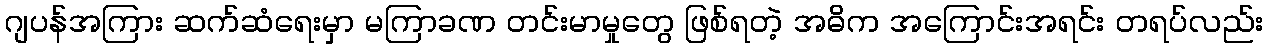
ဂျပန်အကြား ဆက်ဆံရေးမှာ မကြာခဏ တင်းမာမှုတွေ ဖြစ်ရတဲ့ အဓိက အကြောင်းအရင်း တရပ်လည်း